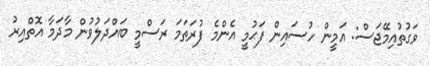
ވަގުތުއިމޭޖަސް: އަމީން ހުސައިން ފަޙުމީ އެންމެ ފުރަތަމަ ރަސްމީ ބައްދަލުވުން މާދަމާ އޮތްއިރު